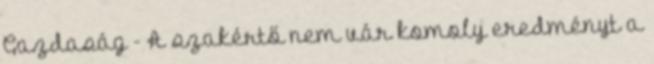
Gazdaság - A szakértő nem vár komoly eredményt a